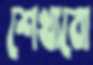
শেখাবো